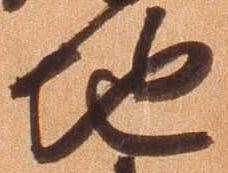
地